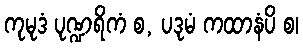
ကုမုဒံ ပုဏ္ဍရိကံ စ, ပဒုမံ ကထာနံပိ စ၊